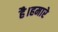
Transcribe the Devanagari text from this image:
है।हमारे